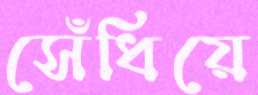
সেঁধিয়ে